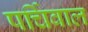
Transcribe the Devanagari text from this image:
पर्चिवाल